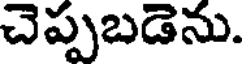
చెప్పబడెను.